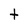
Character: t